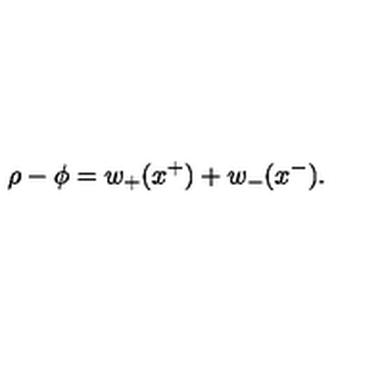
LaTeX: \rho - \phi = w _ { + } ( x ^ { + } ) + w _ { - } ( x ^ { - } ) .